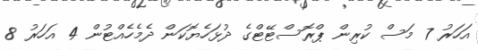
އަހަރު 7 މަސް ކުރިން ޕްރޮސްޓޭޓްގެ ދުޅަހެޔޮކަން ދެމެހެއްޓުން 4 އަހަރު 8